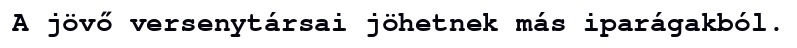
A jövő versenytársai jöhetnek más iparágakból.